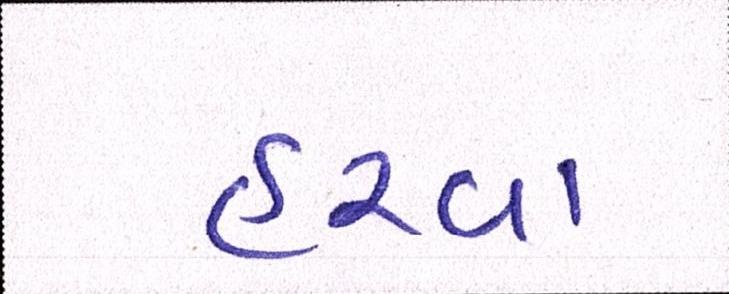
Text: હરવા